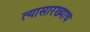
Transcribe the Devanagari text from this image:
त्यासारख्याच